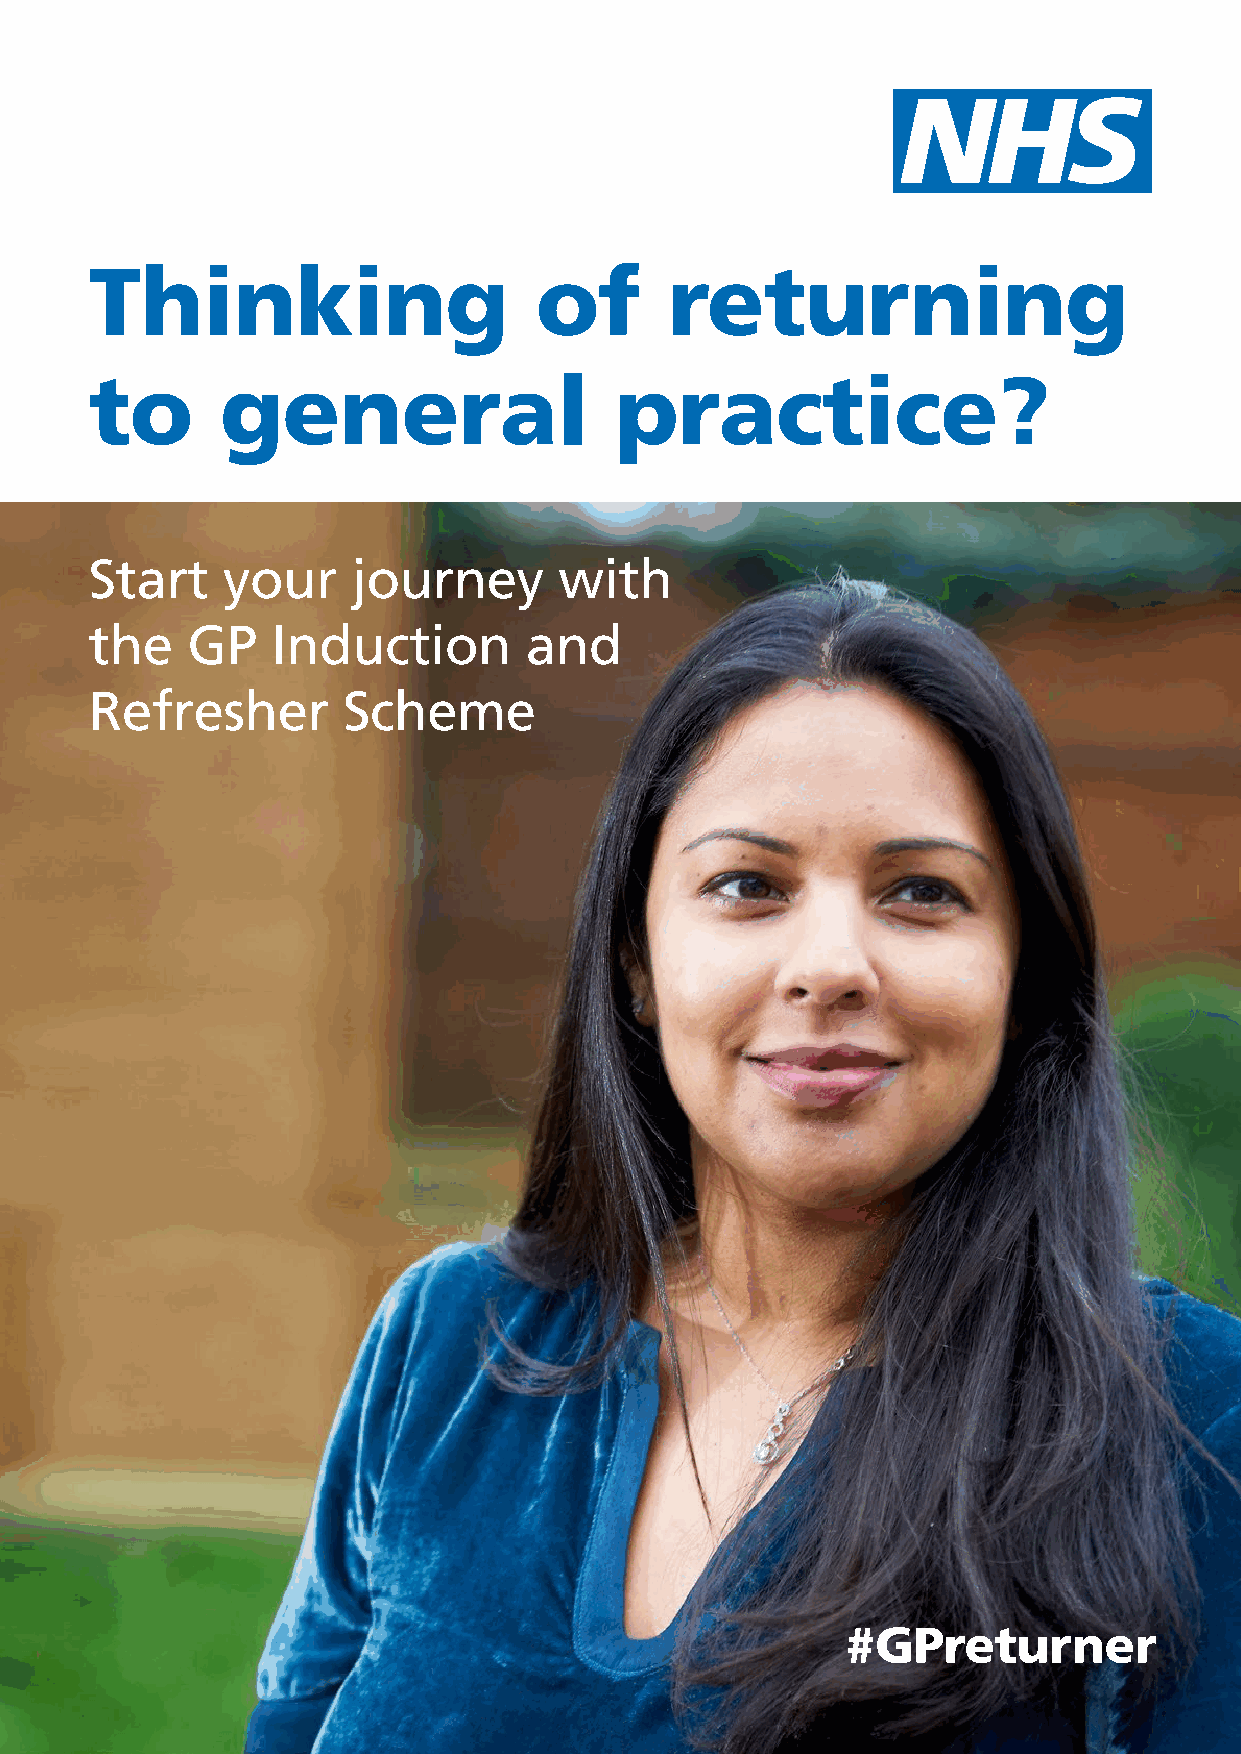
Thinking                     of       returning
 to       general                   practice?
 Start    your    journey       with
 the   GP    Induction        and
 Refresher        Scheme
 #GPreturner
 1